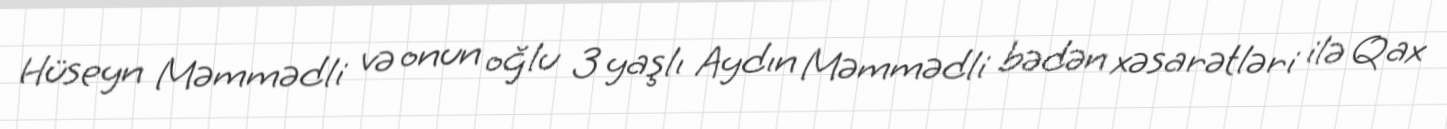
Hüseyn Məmmədli və onun oğlu 3 yaşlı Aydın Məmmədli bədən xəsarətləri ilə Qax